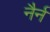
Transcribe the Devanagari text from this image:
नैर्न